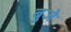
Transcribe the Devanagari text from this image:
बुजे